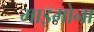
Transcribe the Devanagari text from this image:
माइमोना